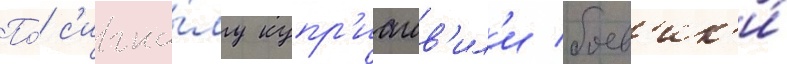
По́ с'игна́лу купр'иашв'ил'и боев'ик'и́